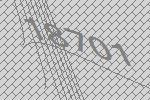
18701